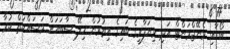
ބޯޑާއި މެނޭޖްމަންޓް އަދި ވިޔަފާރީގެ ބައިގެ އިތުރުން ހިލޭ ސާބަހަށް މަސައްކަތް ކުރާ